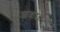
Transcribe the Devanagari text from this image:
आकारांना